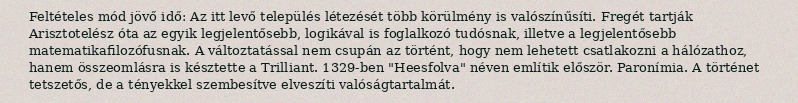
Feltételes mód jövő idő: Az itt levő település létezését több körülmény is valószínűsíti. Fregét tartják Arisztotelész óta az egyik legjelentősebb, logikával is foglalkozó tudósnak, illetve a legjelentősebb matematikafilozófusnak. A változtatással nem csupán az történt, hogy nem lehetett csatlakozni a hálózathoz, hanem összeomlásra is késztette a Trilliant. 1329-ben "Heesfolva" néven említik először. Paronímia. A történet tetszetős, de a tényekkel szembesítve elveszíti valóságtartalmát.